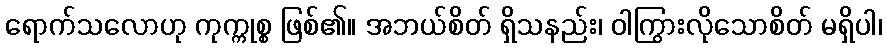
ရောက်သလောဟု ကုက္ကုစ္စ ဖြစ်၏။ အဘယ်စိတ် ရှိသနည်း၊ ဝါကြွားလိုသောစိတ် မရှိပါ၊